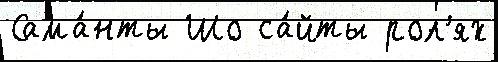
Сама́нты Шо са́йты рол'ях